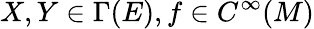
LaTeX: X,Y\in\Gamma(E),f\in C^{\infty}(M)